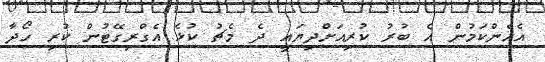
އެހެންކަމުން އެ ބުރު ކުރިއަށްދިޔައީ ދެ މެޗު ކުޅެ އެގްރިގޭޓުން ކުރި ހޯދާ